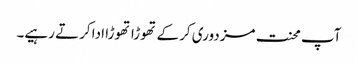
آپ محنت مزدوری کرکے تھوڑا تھوڑا ادا کرتے رہیے۔